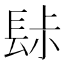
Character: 䦊